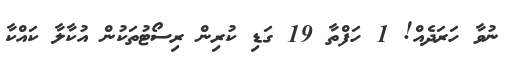
ނުވާ ހަރަދެއް! 1 ހަފްތާ 19 ގަޑި ކުރިން ރިސޯޓުތަކުން އުކާލާ ކައްކާ